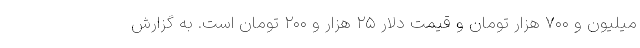
میلیون و ۷۰۰ هزار تومان و قیمت دلار ۲۵ هزار و ۲۰۰ تومان است. به گزارش